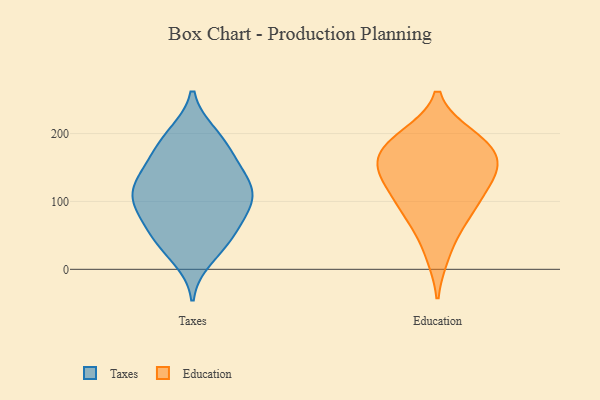
{"axis": {"x": "Production Output", "y": "Value"}, "legend": ["Education", "Taxes"], "data": [{"x": "", "y": 198, "type": "Taxes"}, {"x": "", "y": 105, "type": "Taxes"}, {"x": "", "y": 109, "type": "Taxes"}, {"x": "", "y": 163, "type": "Taxes"}, {"x": "", "y": 59, "type": "Taxes"}, {"x": "", "y": 57, "type": "Taxes"}, {"x": "", "y": 113, "type": "Taxes"}, {"x": "", "y": 184, "type": "Taxes"}, {"x": "", "y": 139, "type": "Taxes"}, {"x": "", "y": 112, "type": "Taxes"}, {"x": "", "y": 199, "type": "Taxes"}, {"x": "", "y": 17, "type": "Taxes"}, {"x": "", "y": 77, "type": "Taxes"}, {"x": "", "y": 38, "type": "Taxes"}, {"x": "", "y": 100, "type": "Taxes"}, {"x": "", "y": 36, "type": "Taxes"}, {"x": "", "y": 141, "type": "Taxes"}, {"x": "", "y": 82, "type": "Taxes"}, {"x": "", "y": 123, "type": "Taxes"}, {"x": "", "y": 162, "type": "Taxes"}, {"x": "", "y": 136, "type": "Education"}, {"x": "", "y": 124, "type": "Education"}, {"x": "", "y": 164, "type": "Education"}, {"x": "", "y": 134, "type": "Education"}, {"x": "", "y": 77, "type": "Education"}, {"x": "", "y": 157, "type": "Education"}, {"x": "", "y": 187, "type": "Education"}, {"x": "", "y": 164, "type": "Education"}, {"x": "", "y": 78, "type": "Education"}, {"x": "", "y": 196, "type": "Education"}, {"x": "", "y": 23, "type": "Education"}, {"x": "", "y": 191, "type": "Education"}, {"x": "", "y": 100, "type": "Education"}]}